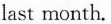
last month.